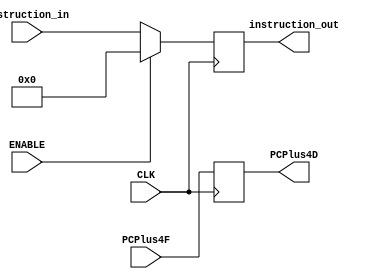
`timescale 100fs/100fs

// IF/IF flip flop
module  IF_ID_Register ( input [31:0] instruction_in
                       , input [31:0] PCPlus4F
                       , input CLK
                       , input ENABLE
                       , output reg [31:0] PCPlus4D
                       , output reg [31:0] instruction_out
                        );

    initial begin
        PCPlus4D <= 32'b0;
        instruction_out <= 32'b0;
    end


    always @(posedge CLK) begin
        // clear the flip flop
        if(!ENABLE) begin
            instruction_out = instruction_in;
            PCPlus4D = PCPlus4F;
        end

        else begin
            instruction_out = 32'b0;
            PCPlus4D = PCPlus4F;
        end

        
    end
                
    endmodule